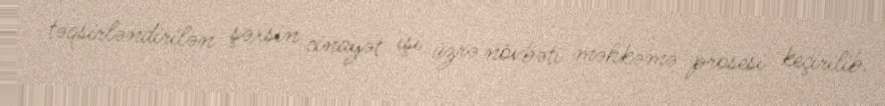
təqsirləndirilən şəxsin cinayət işi üzrə növbəti məhkəmə prosesi keçirilib.